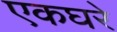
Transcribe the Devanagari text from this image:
एकघरे